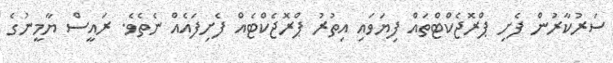
ސަރުކާރުން ފެށި ޕްރޮޖެކްޓްތައް ފިޔަވައި އިތުރު ޕްރޮޖެކްޓެއް ފެށިފައެއް ނެތެވެ. ރައީސް ޔާމީނުގެ